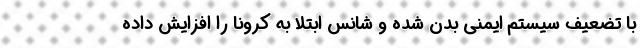
با تضعیف سیستم ایمنی بدن شده و شانس ابتلا به کرونا را افزایش داده